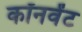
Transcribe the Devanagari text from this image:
कॉनवेंट